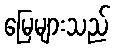
မြေများသည်